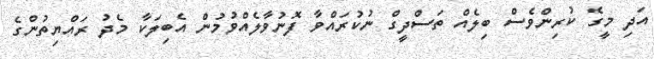
އަދި މީގެ ކުރިންވެސް ބިލެއް ތަސްދީގް ނުކުރައްވާ ފޮނުވާލެއްވުމުން އެބިލަކާ މެދު ރައްޔިތުންގެ